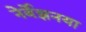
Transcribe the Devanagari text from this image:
नेर्बेझनया